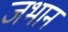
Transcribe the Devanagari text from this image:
जभान